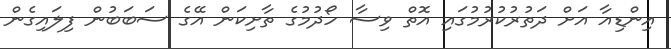
އިންޑިއާ އަށް ދަތުރުކުރުމުގައި އޮތް ވިސާ ހޯދުމުގެ ތާށިކަން އޭގެ ސަބަބުން ފިލައިގެން